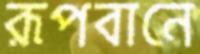
রূপবানে